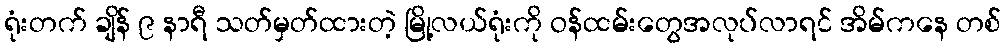
ရုံးတက် ချိန် ၉ နာရီ သတ်မှတ်ထားတဲ့ မြို့လယ်ရုံးကို ဝန်ထမ်းတွေအလုပ်လာရင် အိမ်ကနေ တစ်